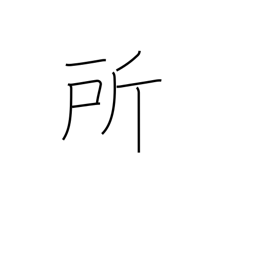
Meaning: place